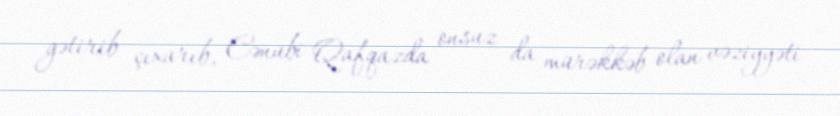
gətirib çıxarıb, Cənubi Qafqazda onsuz da mürəkkəb olan vəziyyəti